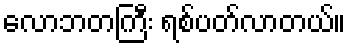
လောဘတကြီး ရစ်ပတ်လာတယ်။